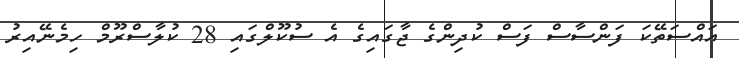
އައްސަތޭކަ ފަންސާސް ފަސް ކުދިންގެ ޖާގައިގެ އެ ސުކޫލްގައި 28 ކުލާސްރޫމް ހިމެނޭއިރު